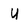
Character: u